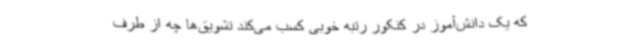
که یک دانش‌آموز در کنکور رتبه خوبی کسب می‌کند تشویق‌ها چه از طرف